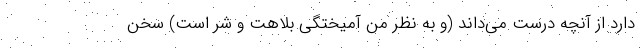
دارد از آنچه درست می‌داند (و به نظر من آمیختگی بلاهت و شر است) سخن